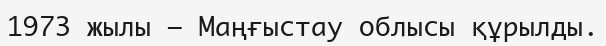
1973 жылы – Маңғыстау облысы құрылды.